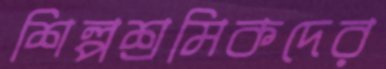
শিল্পশ্রমিকদের